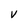
Character: v